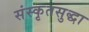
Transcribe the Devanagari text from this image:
संस्कृतसुद्धा